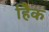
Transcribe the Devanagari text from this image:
हैिक